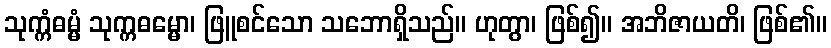
သုက္ကံဓမ္မံ သုက္ကဓမ္မော၊ ဖြူစင်သော သဘောရှိသည်။ ဟုတွာ၊ ဖြစ်၍။ အဘိဇာယတိ၊ ဖြစ်၏။